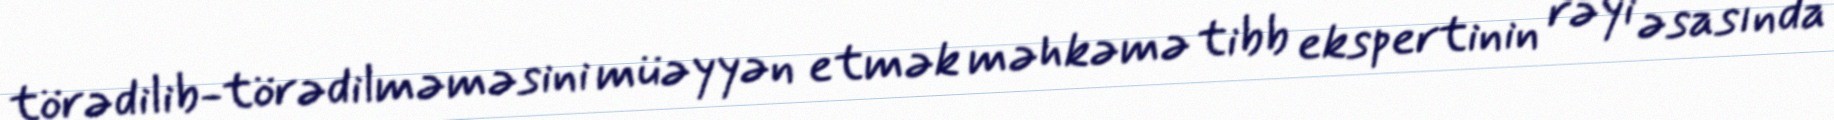
törədilib-törədilməməsini müəyyən etmək məhkəmə tibb ekspertinin rəyi əsasında